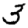
Digit: 3